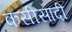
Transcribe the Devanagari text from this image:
कसीसादी